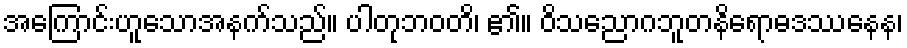
အကြောင်းဟူသောအနက်သည်။ ပါတုဘဝတိ၊ ၏။ ဝိသညောဂဘူတနိရောဓဒဿနေန၊